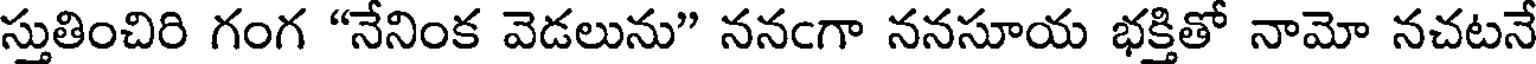
స్తుతించిరి గంగ "నేనింక వెడలును" ననఁగా ననసూయ భక్తితో నామో నచటనే